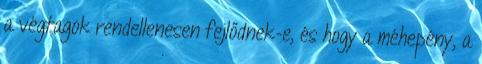
a végtagok rendellenesen fejlődnek-e, és hogy a méhepény, a